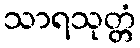
သာရသုတ္တံ